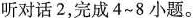
听对话2，完成4~8 小题。